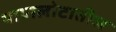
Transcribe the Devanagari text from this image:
पाणलोटातील